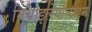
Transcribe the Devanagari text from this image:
मिथाइलेगोनाइन